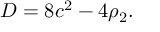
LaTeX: D = 8 c ^ { 2 } - 4 \rho _ { 2 } .